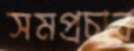
সমপ্রচার